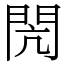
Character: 閌